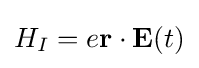
H_{I}=e{\textbf {r}}\cdot {\textbf {E}}(t)